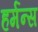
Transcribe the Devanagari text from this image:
हर्मन्स